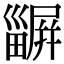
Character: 𤳫